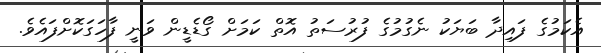
އެކަމުގެ ފައިދާ ބަޔަކު ނެގުމުގެ ފުރުސަތު އޮތް ކަމަށް ގޯޑެޑީން ވަނީ ފާހަގަކޮށްފައެވެ.